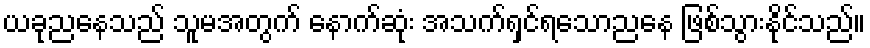
ယခုညနေသည် သူမအတွက် နောက်ဆုံး အသက်ရှင်ရသောညနေ ဖြစ်သွားနိုင်သည်။